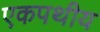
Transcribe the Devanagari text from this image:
एकपथीय